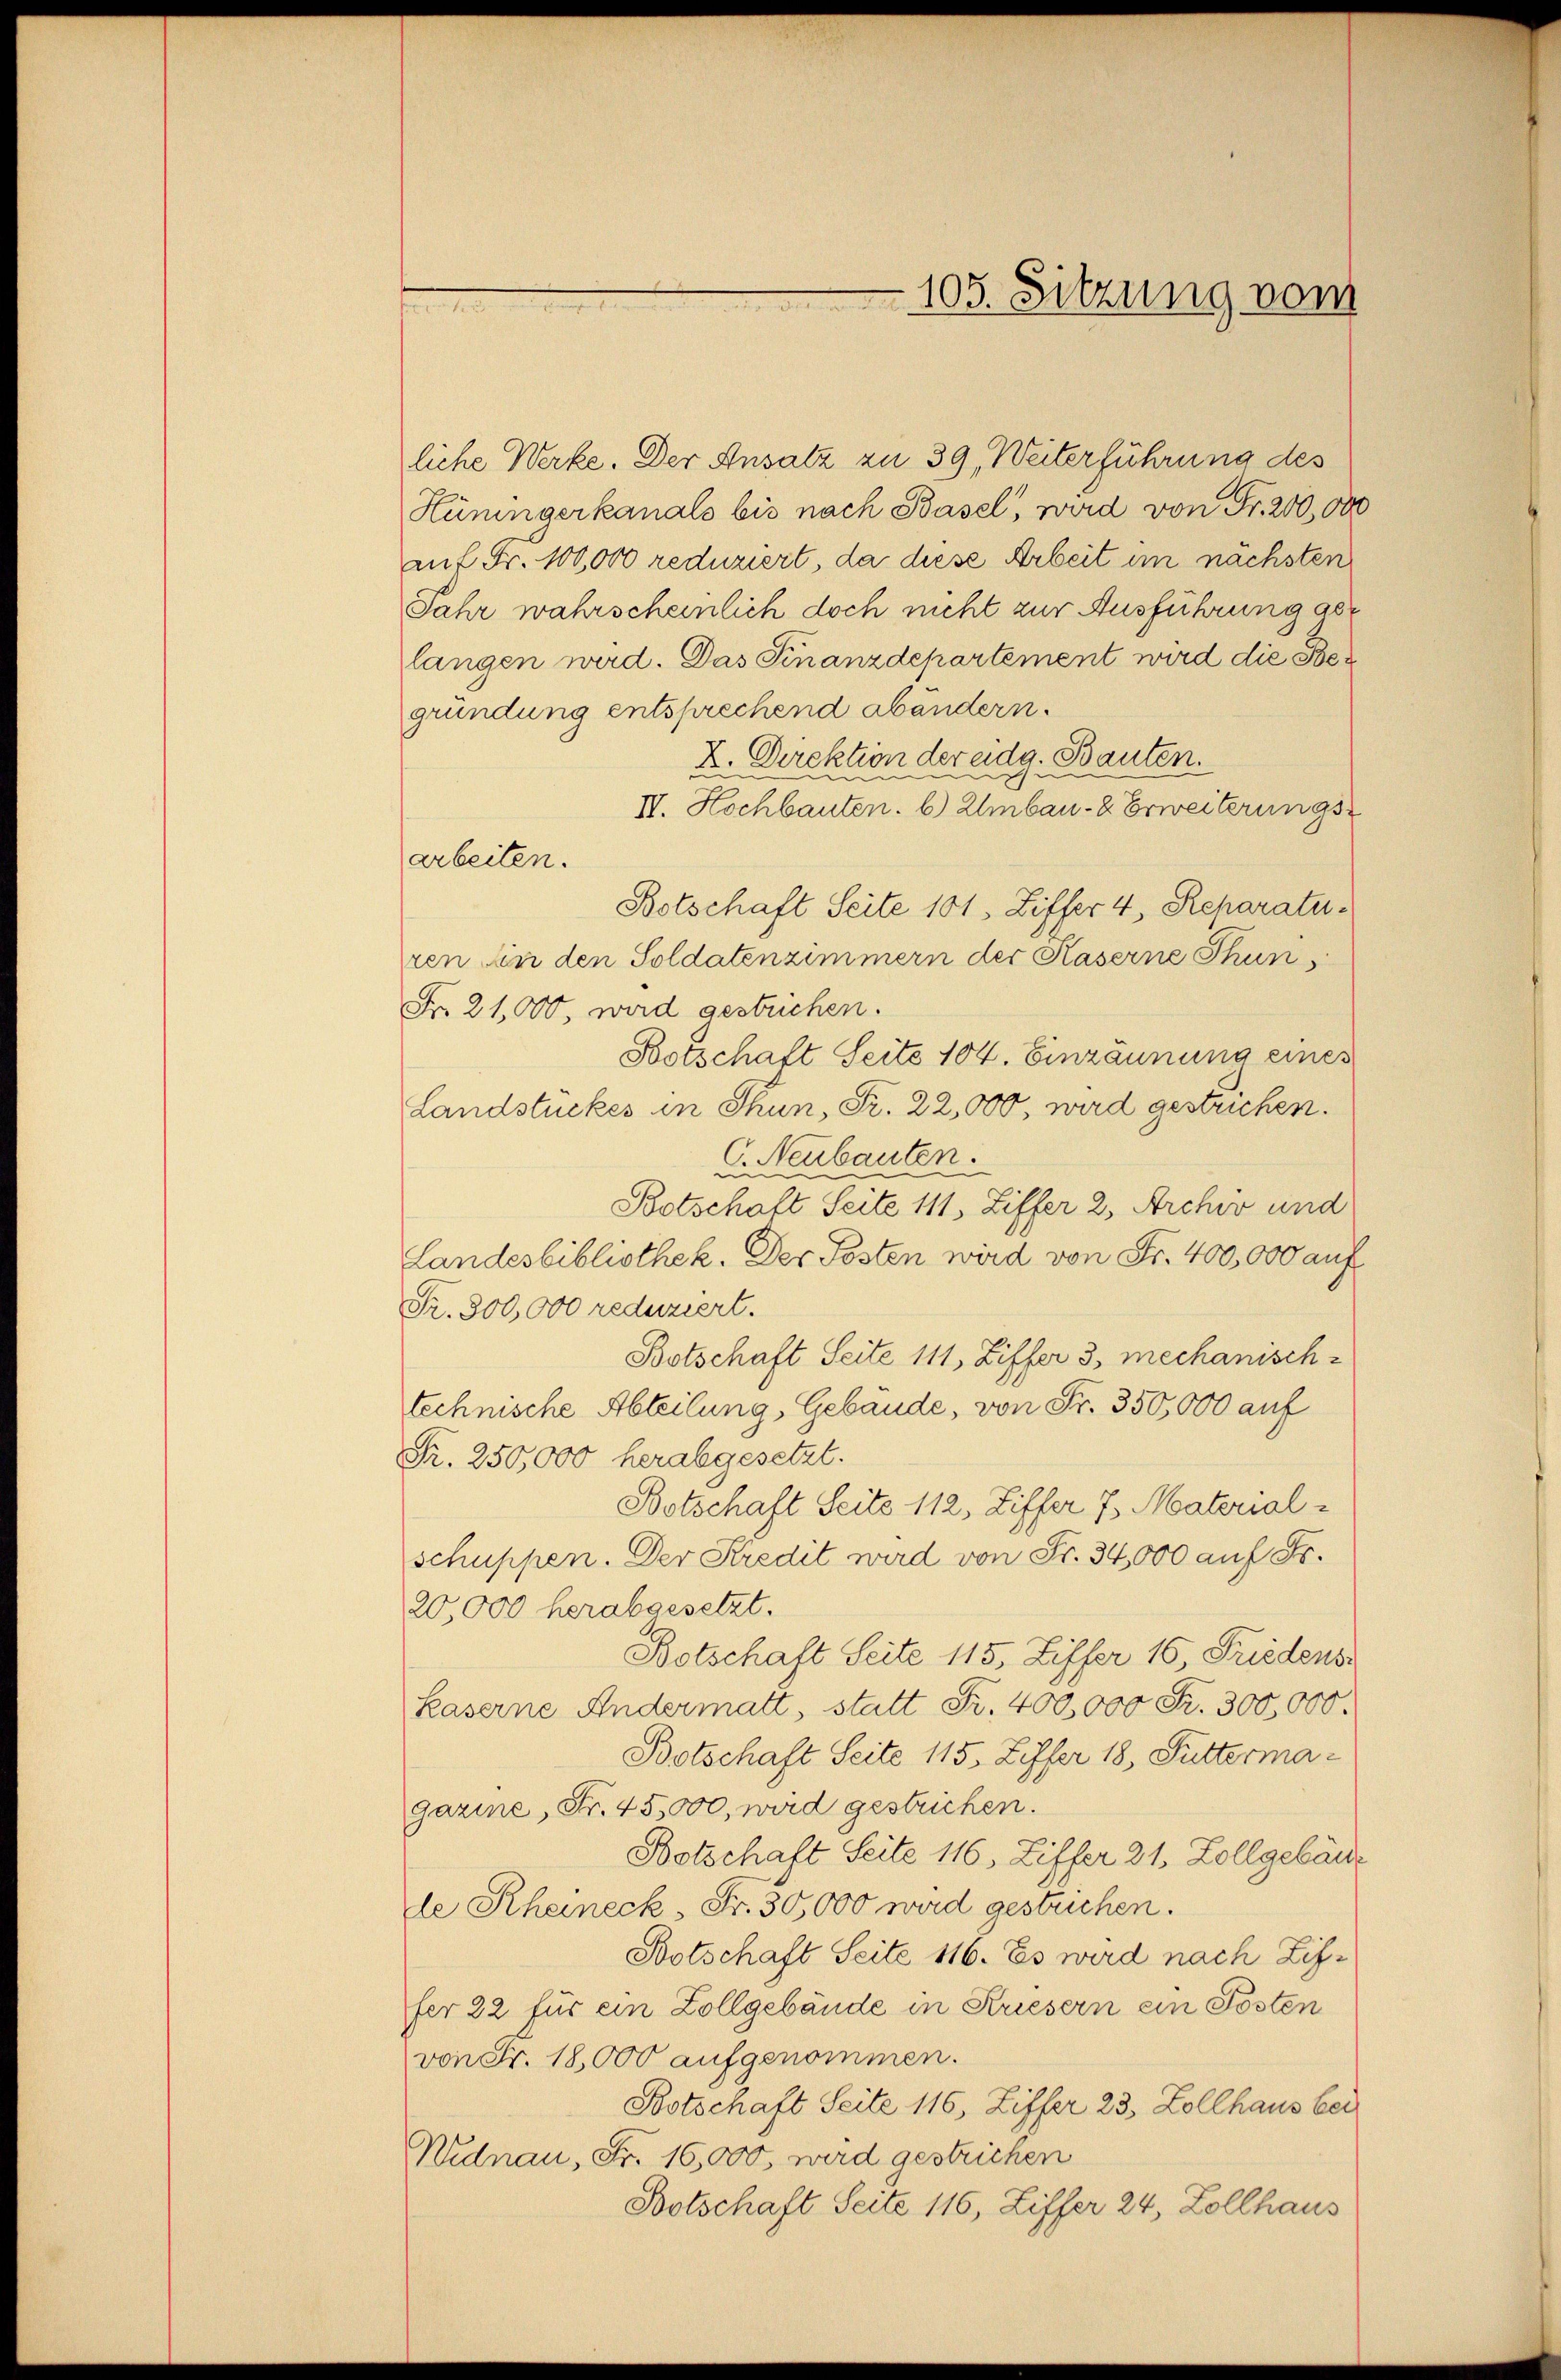
liche Werke. Der Ansatz zu 39, Weiterführung des
Hüningerkanals bis nach Basel, wird von Fr. 200,000
auf Fr. 100,000 reduziert, da diese Arbeit im nächsten
Jahr wahrscheinlich doch nicht zur Ausführung abe
langen wird. Das Finanzdepartement wird die Begründung entsprechend abandern.
X. Direktion der eidg. Bauten.
n
IV. Hochbauten. b.) Umbau- & Erweiterungs
arbeiten.
Botschaft Seite 101. Ziffer 4, Reparatu-
ren ein den Soldatenzimmern der Kaserne Thun
Fr. 21,000. wird gestrichen.
Botschaft Seite 104. Einzäunung eines
Landstückes in Thun, Fr. 22,000, wird gestricken.
Neubauten.
d
Botschaft Seite 111, Ziffer 2. Archiv und
Landesbibliothek. Der Posten wird von Fr. 400,000 auf
Fr. 300,000 reduziert.
Botschaft Seite 111, Ziffer 3 mechanisch-
technische Abteilung, Gebäude, von Fr. 350,000 auf
Fr. 250,000 herabgesetzt.
Botschaft Seite 112, Ziffer 7. Materialschuppen. Der Kredit wird von Fr. 34,000 auf Fr.
20,000 herabgesetzt.
Botschaft Seite 115, Ziffer 16, Friedens
Kaserne Andermatt, statt Fr. 400,000 Fr. 300,000.
Botschaft Seite 115, Ziffer 18, Futtermagazine, Fr. 45,000, wird gestrichen.
Botschaft Seite 116, Ziffer 21. Zollgebäude
de Rheineck, Fr. 30,000 wird gestrichen.
Botschaft Seite 116. Es wird nach Ziffer 22 für ein Zollgebäude in Kriesern ein Posten
von Fr. 18,000 aufgenommen.
Botschaft Seite 116, Ziffer 23. Zollhaus bei
Widnau, Fr. 16,000, wird gestrichen
Botschaft Seite 116, Liffer 24, Zollhaus

105. Sitzung vom